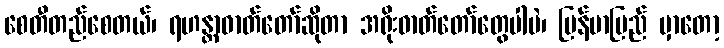
စေတီတည်စေတယ်၊ ရဟန္တာဓာတ်တော်ဆိုတာ အရိုးဓာတ်တော်တွေပါပဲ၊ မြန်မာပြည် မှာတော့